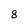
Character: 8